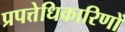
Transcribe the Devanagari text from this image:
प्रपत्तेधिकारिणों